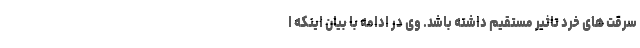
سرقت های خرد تاثیر مستقیم داشته باشد. وی در ادامه با بیان اینکه ا